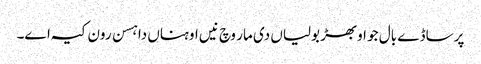
پر ساڈے بال جو اوبھڑ بولیاں دی مار وچ نیں اوہناں دا ہسن رون کیہ اے۔